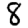
Digit: 8